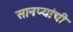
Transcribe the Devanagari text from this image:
सानप्यांची